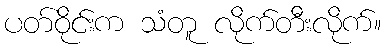
ပတ်ဝိုင်းက သံတူ လိုက်တီးလိုက်။